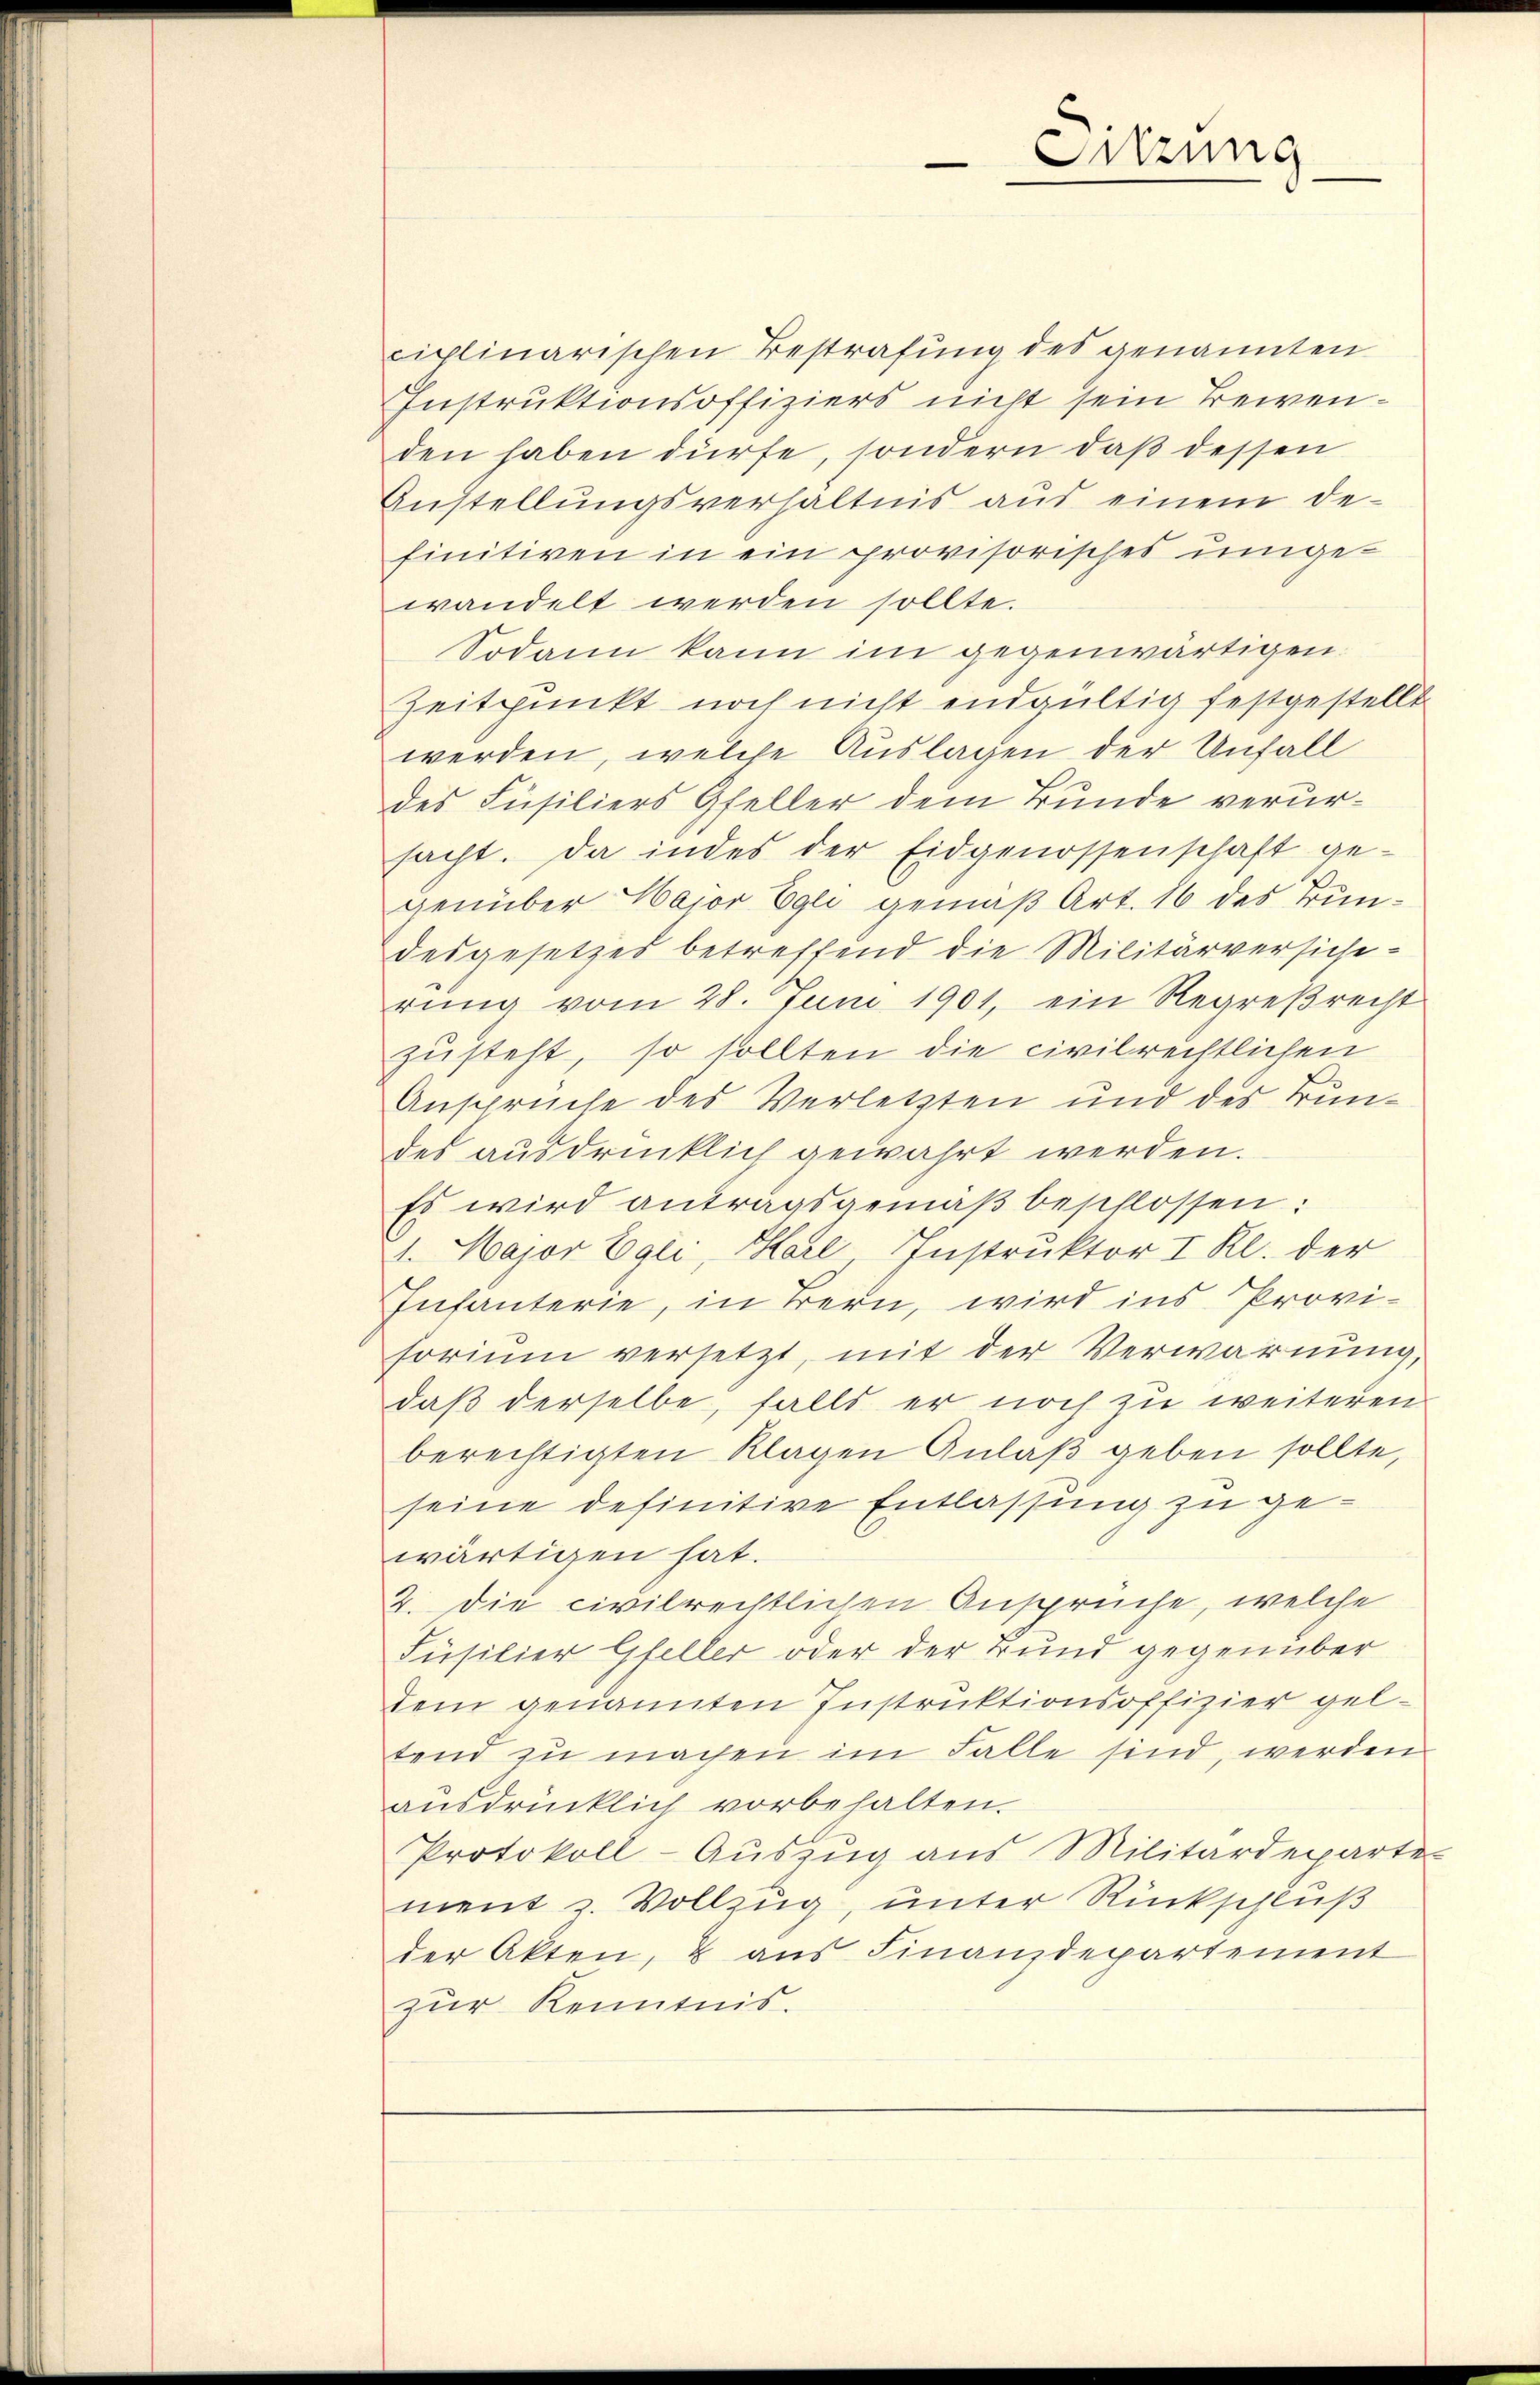
ciplinarischen Bestrafung des genannten
Instruktionsoffiziers nicht sein Bewenden haben dürfe, sondern daß dessen
Anstellungsverhältnis aus einem de-
finitiven in ein provisorisches umgewandelt werden sollte.
Sodann kann im gegenwärtigen.
Zeitpunkt noch nicht endgültig festgestellt
werden, welche Auslagen der Unfall
des Füsiliers Gfeller dem Bunde verursacht. Da indes der Eidgenossenschaft ge-
genüber Major Egli gemäß Art. 16 des Bundesgesetzes betreffend die Militärversicherung vom 28. Juni 1901, ein Regreßrecht
zusteht, so sollten die civilrechtlichen
Ansprüche des Verletzten und des Bundes ausdrücklich gewahrt werden.
Es wird antragsgemäβ beschlossen:
1. Major Egli, Karl Instruktor I. Kl. der
Infanterie, in Bern, wird ins Provisorium versetzt, mit der Verwarnung,
daß derselbe, falls er noch zu weiteren
berechtigten Klagen Anlaβ geben sollte,
seine definitive Entlassung zu gewärtigen hat.
2. Die civilrechtlichen Ansprüche, welche
Füsilier Gfeller oder der Bund gegenüber
dem genannten Instruktionsoffizier gel-
tend zu machen im Falle sind, werden
aŭsdrücklich vorbehalten.
Protokoll-Auszug aus Militärdeparte-
ment z. Vollzug, unter Rückschluß
der Akten, & aus Finanzdepartement
zur Kenntnis.

Sitzung